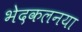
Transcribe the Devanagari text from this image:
भेदकलनया